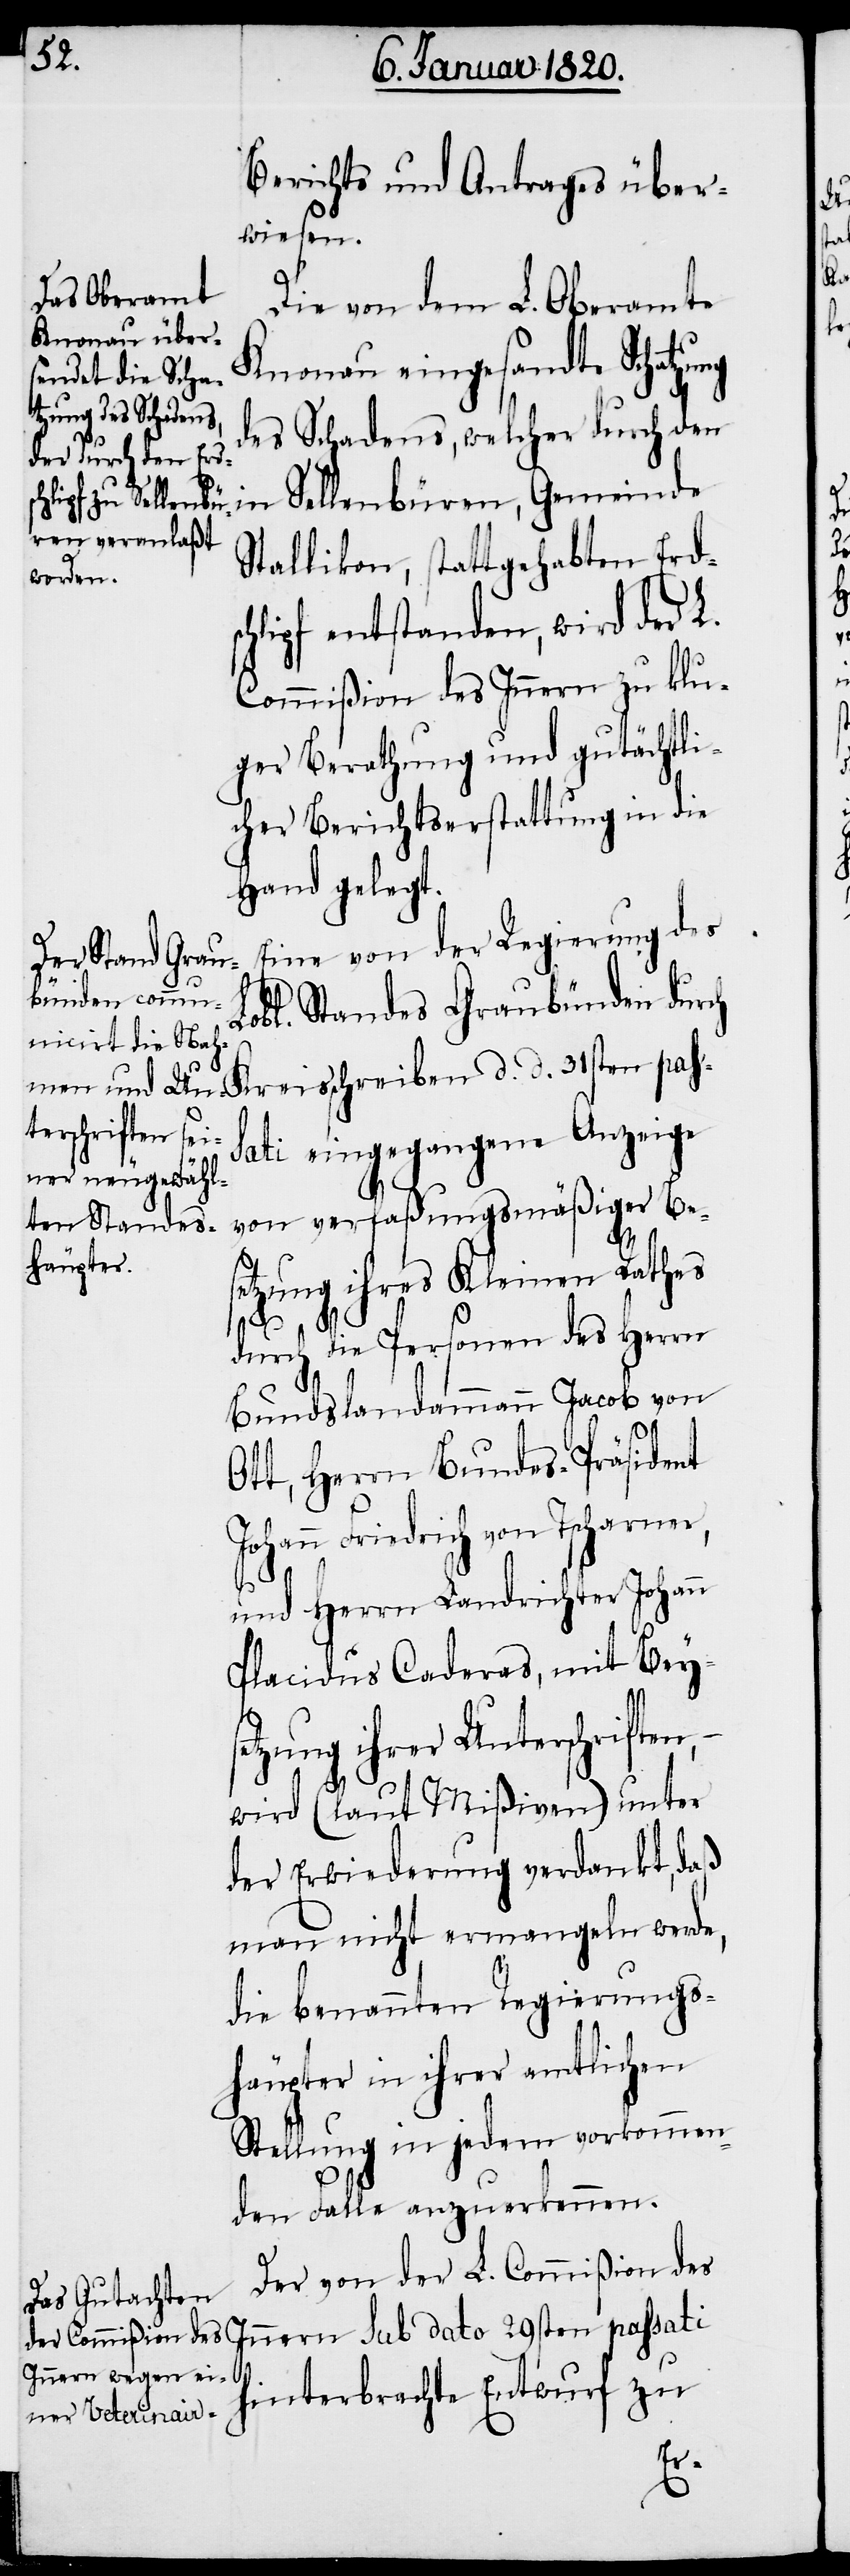
Berichts und Antrages über¬
wiesen.
Die von dem L. Oberamte
Knonau eingesandte Schatzung
des Schadens, welcher durch den
in Sellenbüren, Gemeinde
Stallikon, stattgehabten Erd¬
hlipf entstanden, wird der L.
Commißion des Innern zu klu¬
ger Berathung und gutächtli¬
cher Berichtserstattung in die
Hand gelegt.
Eine von der Regierung des
Lobl. Standes Graubünden durch
ati eingegangene Anzeige
von verfaßungsmäßiger Bes¬
etzung ihres Kleinen Rathes
d
pass¬
durch die Personen des Herrn
Bundslandammann Jacob von
Ott, Herrn Bundes-Präsident
Johann Friedrich von Tscharner,
und Herrn Landrichter Johann
Placidus Caderas, mit Beys¬
etzung ihrer Unterschriften,
wird (laut Mißiven) unter
der Erwiederung verdankt, daß
man nicht ermangeln werde,
die benannten Regierungs¬
häupter in ihrer amtlichen
Stellung in jedem vorkommen¬
den Falle anzuerkennen.
Der von der L. Commißion des
Innern sub dato 29sten passati
hinterbrachte Entwurf zu
sc¬